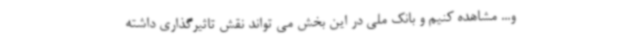
و... مشاهده کنیم و بانک ملی در این بخش می تواند نقش تاثیرگذاری داشته